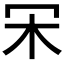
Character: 𣎾